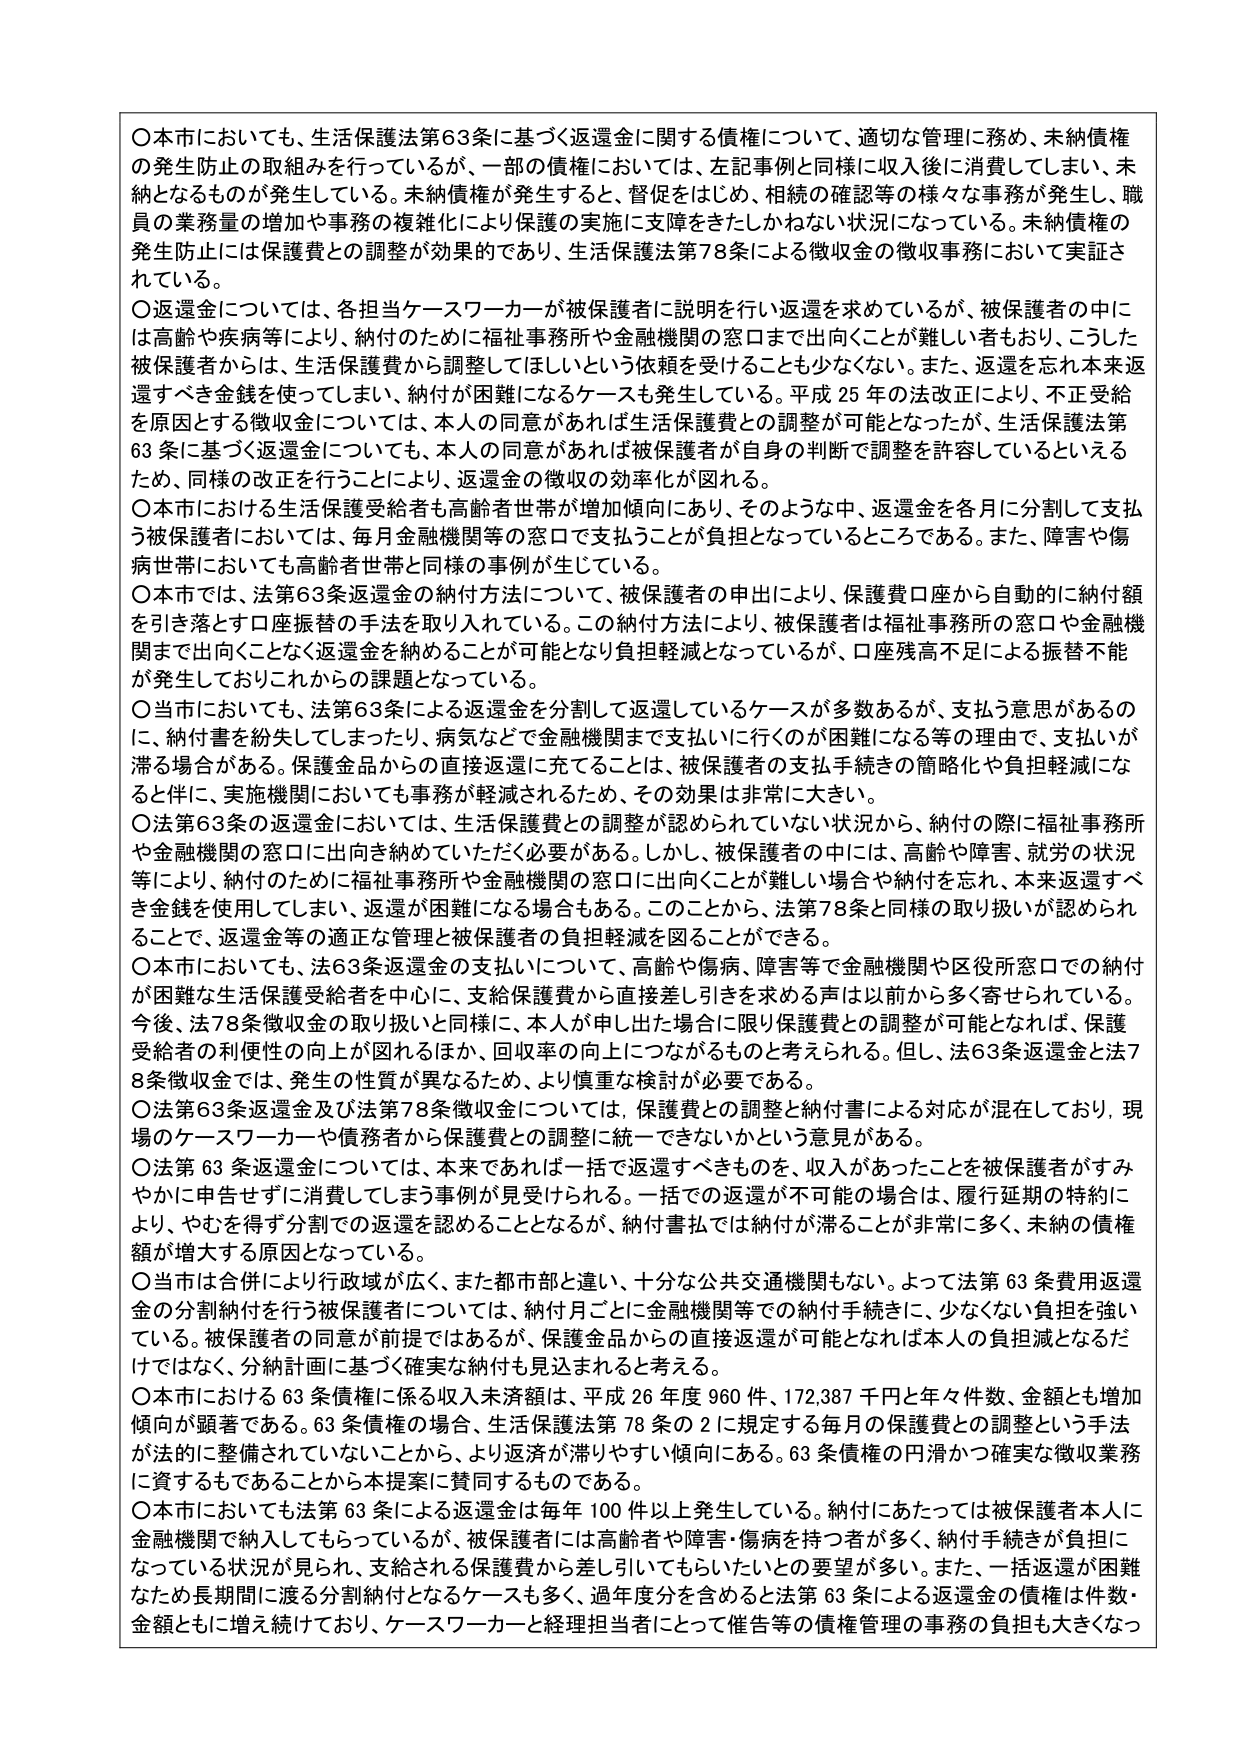
〇本市においても、生活保護法第63条に基づく返還金に関する債権について、適切な管理に務め、未納債権の発生防止の取組みを行っているが、一部の債権においては、左記事例と同様に収入後に消費してしまい、未納となるものが発生している。未納債権が発生すると、督促をはじめ、相続の確認等の様々な事務が発生し、職員の業務量の増加や事務の複雑化により保護の実施に支障をきたしかねない状況になっている。未納債権の発生防止には保護費との調整が効果的であり、生活保護法第78条による徴収金の徴収事務において実証されている。

〇返還金については、各担当ケースワーカーが被保護者に説明を行い返還を求めているが、被保護者の中には高齢や疾病等により、納付のために福祉事務所や金融機関の窓口まで出向くことが難しい者もおり、こうした被保護者からは、生活保護費から調整してほしいという依頼を受けることも少なくない。また、返還を忘れ本来返還すべき金銭を使ってしまい、納付が困難になるケースも発生している。平成25年の法改正により、不正受給を原因とする徴収金については、本人の同意があれば生活保護費との調整が可能となったが、生活保護法第63条に基づく返還金についても、本人の同意があれば被保護者が自身の判断で調整を許容しているといえるため、同様の改正を行うことにより、返還金の徴収の効率化が図れる。

〇本市における生活保護受給者も高齢者世帯が増加傾向にあり、そのような中、返還金を各月に分割して支払う被保護者においては、毎月金融機関等の窓口で支払うことが負担となっているところである。また、障害や傷病世帯においても高齢者世帯と同様の事例が生じている。

〇本市では、法第63条返還金の納付方法について、被保護者の申出により、保護費口座から自動的に納付額を引き落とす口座振替の手法を取り入れている。この納付方法により、被保護者は福祉事務所の窓口や金融機関まで出向くことなく返還金を納めることが可能となり負担軽減となっているが、口座残高不足による振替不能が発生しておりこれからの課題となっている。

〇当市においても、法第63条による返還金を分割して返還しているケースが多数あるが、支払う意思があるのに、納付書を紛失してしまったり、病気などで金融機関まで支払いに行くのが困難になる等の理由で、支払いが滞る場合がある。保護金品からの直接返還に充てることは、被保護者の支払手続きの簡略化と負担軽減になると共に、実施機関においても事務が軽減されるため、その効果は非常に大きい。

〇法第63条の返還金においては、生活保護費との調整が認められていない状況から、納付の際に福祉事務所や金融機関の窓口に出向き納めていただく必要がある。しかし、被保護者の中には、高齢や障害、就労の状況等により、納付のために福祉事務所や金融機関の窓口に出向くことが難しい場合や納付を忘れ、本来返還すべき金銭を使用してしまい、返還が困難になる場合もある。このことから、法第78条と同様の取り扱いが認められることで、返還金等の適正な管理と被保護者の負担軽減を図ることができる。

〇本市においても、法63条返還金の支払いについて、高齢や傷病、障害等で金融機関や区役所窓口での納付が困難な生活保護受給者を中心に、支給保護費から直接差し引きを求める声は以前から多く寄せられている。今後、法78条徴収金の取り扱いと同様に、本人が申し出た場合に限り保護費との調整が可能となれば、保護受給者の利便性の向上が図れるほか、回収率の向上につながるものと考えられる。但し、法63条返還金と法78条徴収金では、発生の性質が異なるため、より慎重な検討が必要である。

〇法第63条返還金及び法第78条徴収金については、保護費との調整と納付書による対応が混在しており、現場のケースワーカーや債務者から保護費との調整に統一できないかという意見がある。

〇法第63条返還金については、本来であれば一括で返還すべきものを、収入があったことを被保護者がすみやかに申告せずに消費してしまう事例が見受けられる。一括での返還が不可能の場合は、履行延期の特約により、やむを得ず分割での返還を認めることとなるが、納付書払では納付が滞ることが非常に多く、未納の債権額が増大する原因となっている。

〇当市は合併により行政域が広く、また都市部と違い、十分な公共交通機関もない。よって法第63条費用返還金の分割納付を行う被保護者については、納付月ごとに金融機関等での納付手続きに、少なくない負担を強いている。被保護者の同意が前提ではあるが、保護金品からの直接返還が可能となれば本人の負担減となるだけではなく、分納計画に基づく確実な納付も見込まれると考える。

〇本市における63条債権に係る収入未済額は、平成26年度960件、172,387千円と年々件数、金額とも増加傾向が顕著である。63条債権の場合、生活保護法第78条の2に規定する毎月の保護費との調整という手法が法的に整備されていないことから、より返済が滞りやすい傾向にある。63条債権の円滑かつ確実な徴収業務に資するものであることから本提案に賛同するものである。

〇本市においても法第63条による返還金は毎年100件以上発生している。納付にあたっては被保護者本人に金融機関で納入してもらっているが、被保護者には高齢者や障害・傷病を持つ者が多く、納付手続きが負担になっている状況が見られ、支給される保護費から差し引いてもらいたいとの要望が多い。また、一括返還が困難なため長期間に渡る分割納付となるケースも多く、過年度分を含めると法第63条による返還金の債権は件数・金額ともに増え続けており、ケースワーカーと経理担当者にとって催告等の債権管理の事務の負担も大きくなっ